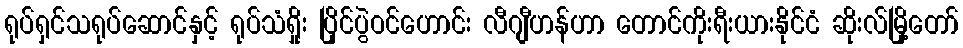
ရုပ်ရှင်သရုပ်ဆောင်နှင့် ရုပ်သံရှိုး ပြိုင်ပွဲဝင်ဟောင်း လီဂျီဟန်ဟာ တောင်ကိုးရီးယားနိုင်ငံ ဆိုးလ်မြို့တော်